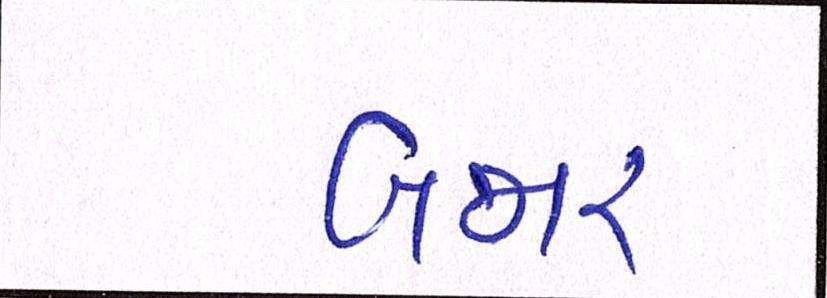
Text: બજાર